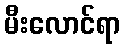
မီးလောင်ရာ